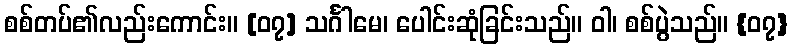
စစ်တပ်၏လည်းကောင်း။ [၀၇] သင်္ဂါမေ၊ ပေါင်းဆုံခြင်းသည်။ ဝါ၊ စစ်ပွဲသည်။ {၀၇}